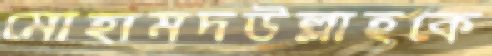
মোহামদউল্লাহকে